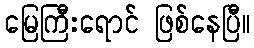
မြေကြီးရောင် ဖြစ်နေပြီ။